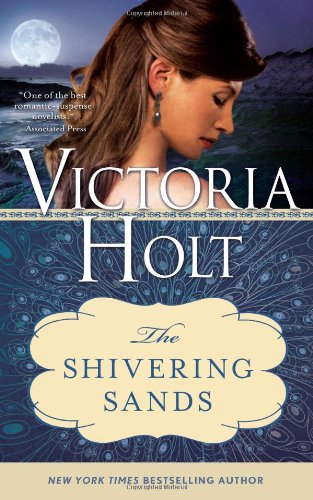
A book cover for The Shivering Sands: A mysterious and suspenseful gothic romance (Casablanca Classics); Victoria Holt; Romance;